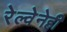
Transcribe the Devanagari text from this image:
रेल्वेनेही